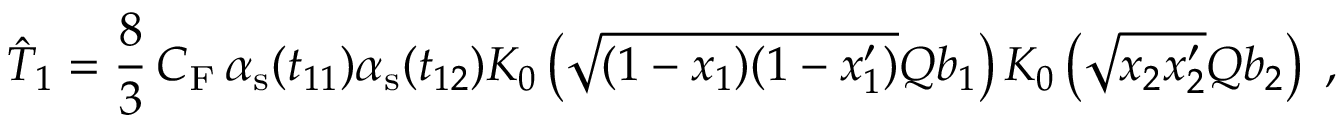
\hat { T } _ { 1 } = \frac { 8 } { 3 } \, C _ { \mathrm { F } } \, \alpha _ { \mathrm { s } } ( t _ { 1 1 } ) \alpha _ { \mathrm { s } } ( t _ { 1 2 } ) K _ { 0 } \left( \sqrt { ( 1 - x _ { 1 } ) ( 1 - x _ { 1 } ^ { \prime } ) } Q b _ { 1 } \right) K _ { 0 } \left( \sqrt { x _ { 2 } x _ { 2 } ^ { \prime } } Q b _ { 2 } \right) \; ,